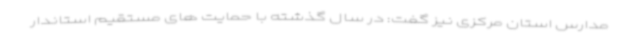
مدارس استان مرکزی نیز گفت: در سال گذشته با حمایت های مستقیم استاندار